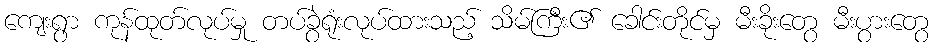
ကျေးရွာ ကုန်ထုတ်လုပ်မှု တပ်ခွဲရုံးလုပ်ထားသည့် သိမ်ကြီး၏ ခေါင်းတိုင်မှ မီးခိုးတွေ မီးပွားတွေ